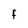
Character: F